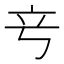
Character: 𬔖